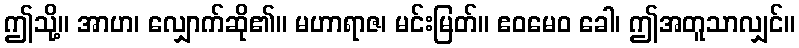
ဤသို့။ အာဟ၊ လျှောက်ဆို၏။ မဟာရာဇ၊ မင်းမြတ်။ ဧဝမေဝ ခေါ၊ ဤအတူသာလျှင်။